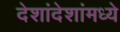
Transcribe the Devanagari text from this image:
देशांदेशांमध्ये